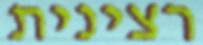
רצינית